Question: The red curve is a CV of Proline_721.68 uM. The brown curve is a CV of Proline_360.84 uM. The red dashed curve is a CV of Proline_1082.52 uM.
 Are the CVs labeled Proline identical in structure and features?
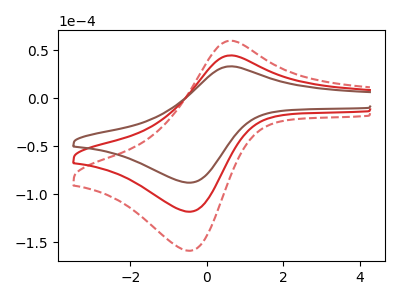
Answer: <think>The red curve "Proline_721.68 uM" has an anodic peak at (0.65V, 44.45uA) and a cathodic peak at (-0.40V, -118.30uA). The brown curve "Proline_360.84 uM" has an anodic peak at (0.65V, 33.05uA) and a cathodic peak at (-0.40V, -88.05uA). The red dashed curve "Proline_1082.52 uM" has an anodic peak at (0.65V, 88.85uA) and a cathodic peak at (-0.40V, -236.65uA).
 All the peaks in "Proline_721.68 uM" have a peak in "Proline_360.84 uM" at the same potential. Every peak in "Proline_721.68 uM" is higher than every peak in "Proline_360.84 uM". All the peaks in "Proline_721.68 uM" have a peak in "Proline_1082.52 uM" at the same potential. Every peak in "Proline_721.68 uM" is lower than every peak in "Proline_1082.52 uM". All the peaks in "Proline_360.84 uM" have a peak in "Proline_1082.52 uM" at the same potential. Every peak in "Proline_360.84 uM" is lower than every peak in "Proline_1082.52 uM".</think>
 <answer>All the CV's of "Proline" have similar shape.</answer>
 <eval>follow_rule</eval>